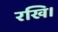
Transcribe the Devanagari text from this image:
रखि।